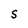
Character: S